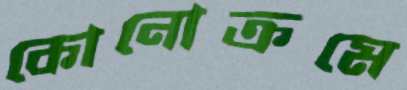
কোনোক্রমে